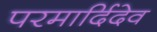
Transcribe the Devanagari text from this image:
परमार्दिदेव